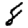
Digit: 8